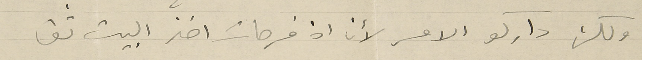
ولكن داركو الامر لأن اذ فرحات اخذ البيت ثق